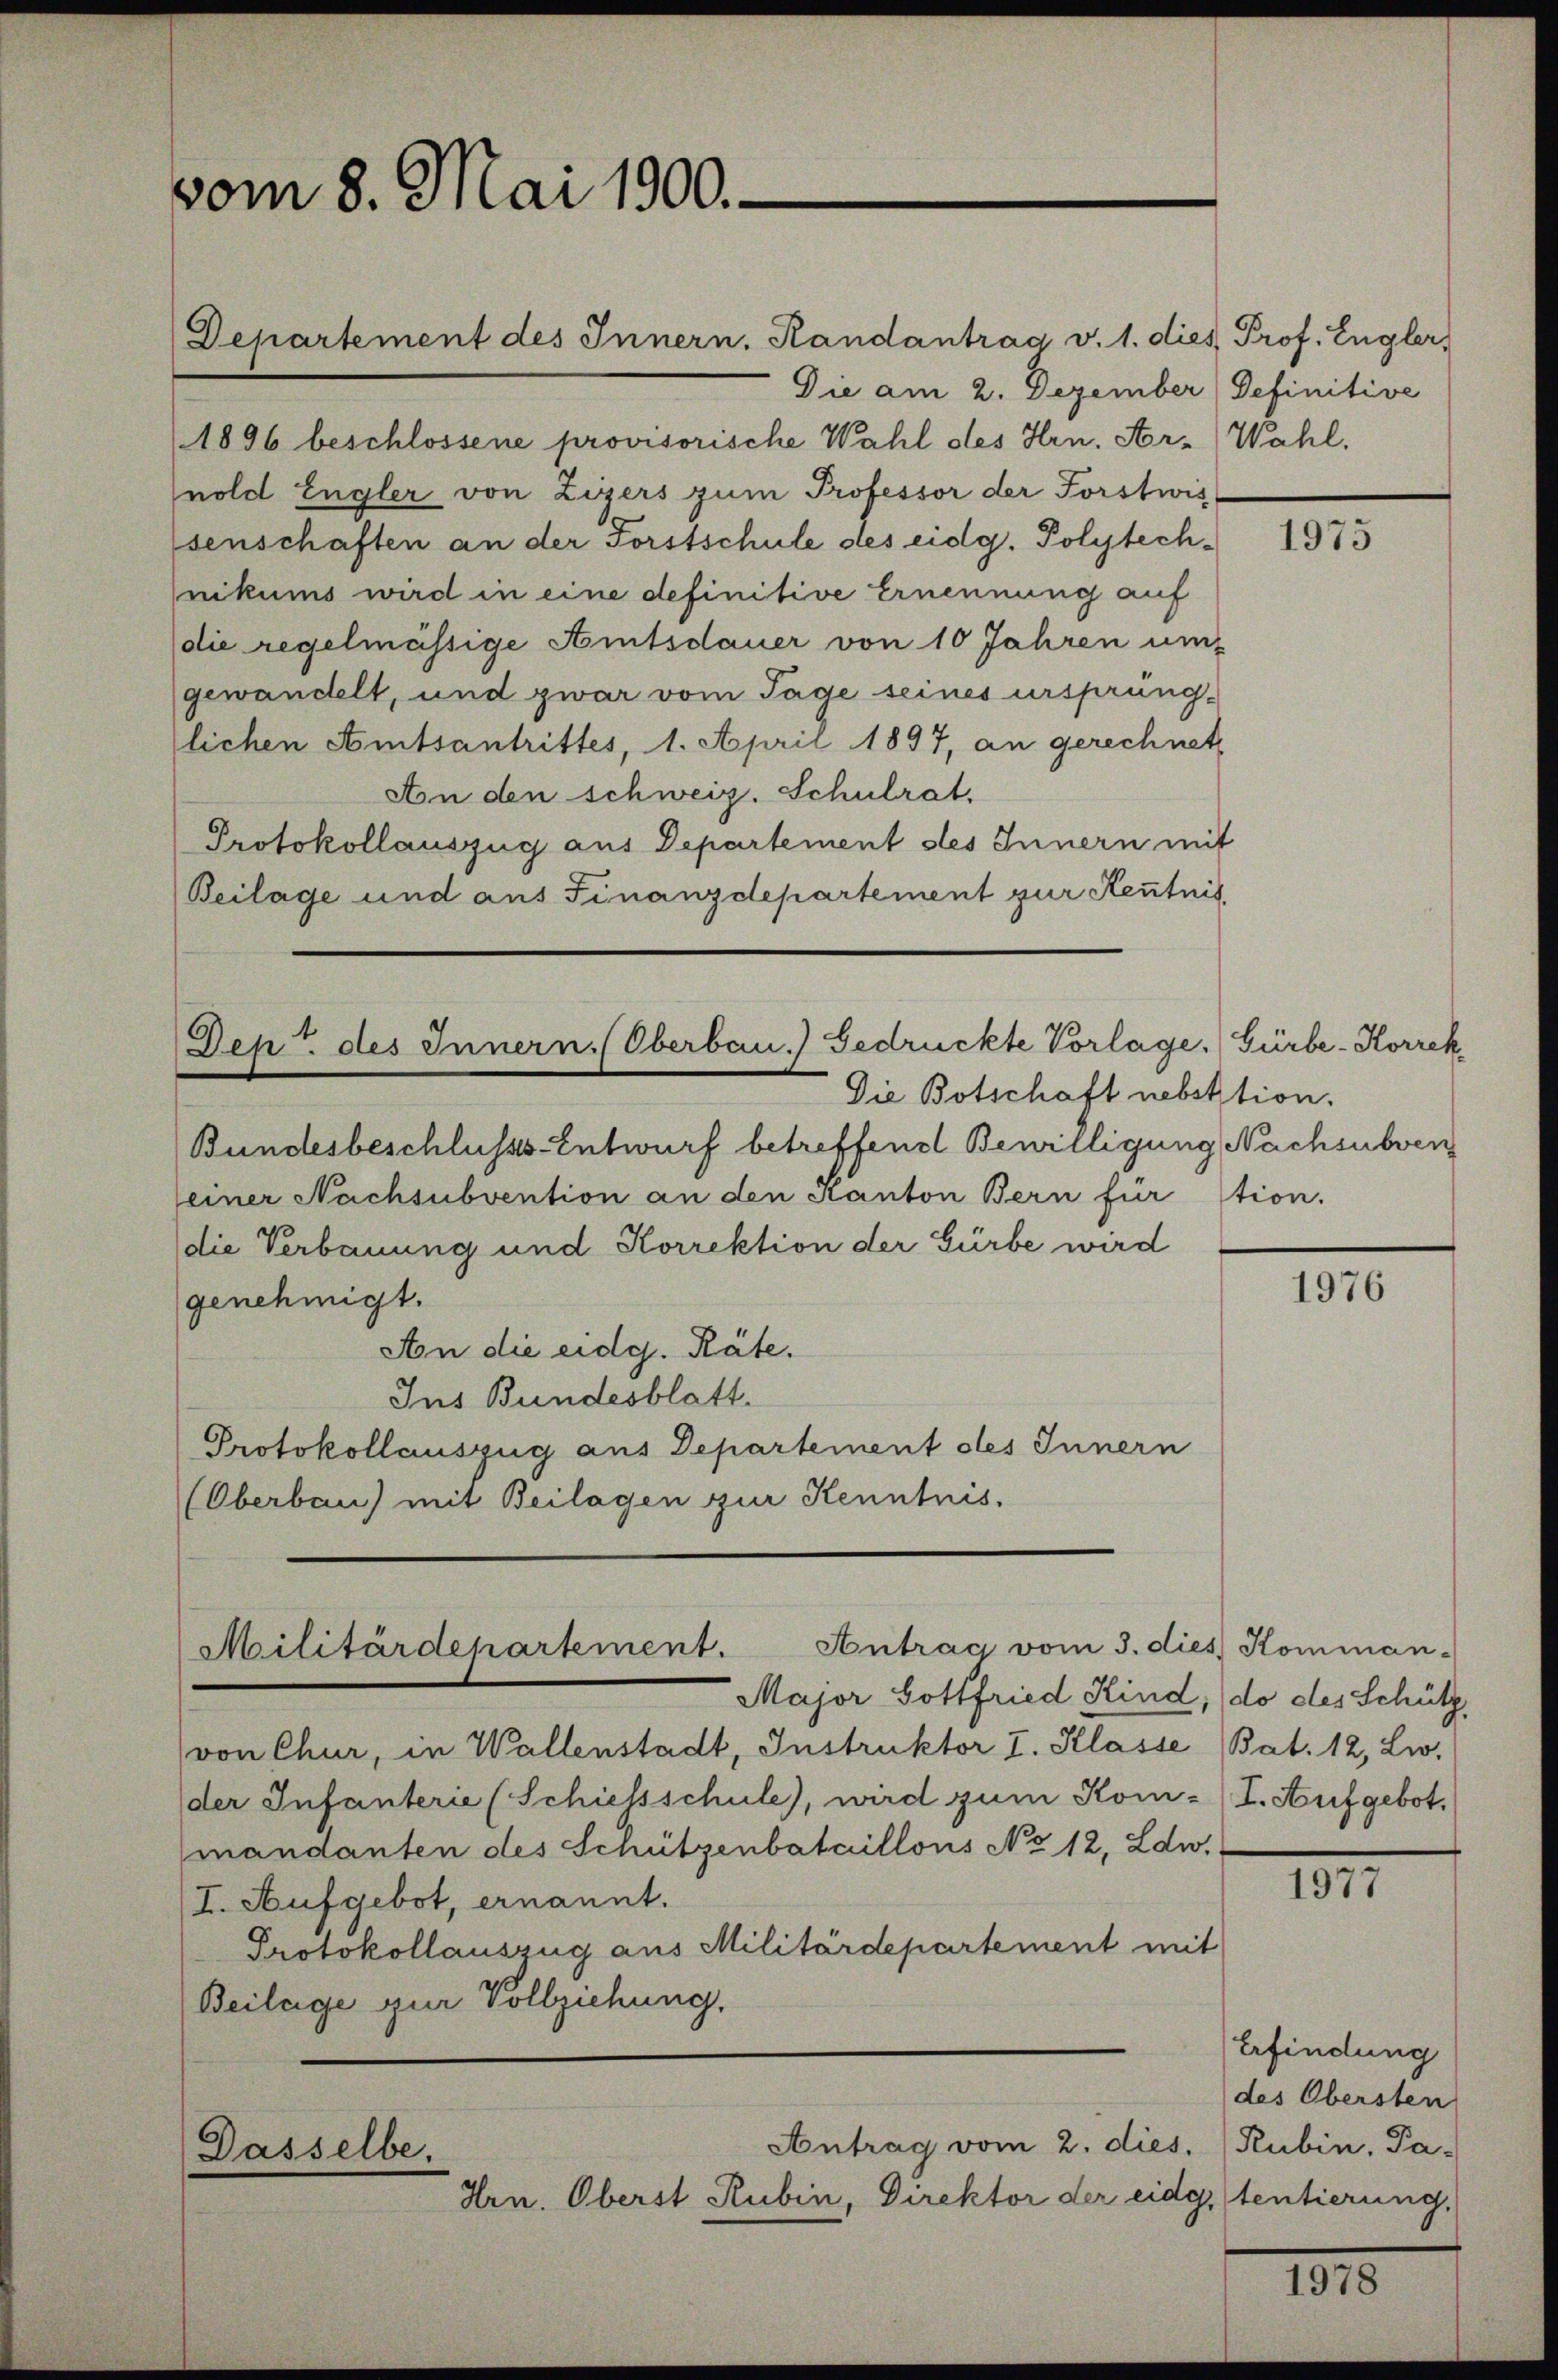
vom 8. Mai 1900.

Departement des Innern, Randantrag v. 1. dies Prof. Engler,
Die am 2. Dezember Definitive
(1896 beschlossene provisorische Wahl des Hrn. Ar-Wahl,
nold Engler von Zizers zum Professor der Forstwis
senschaften an der Forstschule des eidg. Polytechnikums wird in eine definitive Ernennung auf
die regelmässige Amtsdauer von 10 Jahren um-
gewandelt, und zwar vom Tage seines ursprüng-
lichen Amtsantrittes, 1. Aprii 1897, an gerechnet
Aon den schweiz. Schulrat.
Protokollauszug aus Departement des Innern mit
Beilage und aus Finanzdepartement zur Kenntnis

Dept des Innern. (Oberbau.) Gedrückte Vorlage. (Gürbe-Korrek

Antrag vom 3. dies Komman-
Militärdepartement.

Die Botschaft nebektion.
Bundesbeschlussts-Entwurf betreffend Bewilligung Nachsubven
einer Nachsubvention an den Kanton Bern für
die Verbauung und Korrektion der Gürbe wird
genehmigt.
An die eidg. Räte.
Ins Bundesblatt.
Protokollauszug aus Departement des Innern
(Oberbau) mit Beilagen zur Kenntnis,

Antrag vom 2. dies. (Rubin, Pa-
Dasselbe
Hrn. Oberst Rubin, Direktor der eidg. tentierung,

tion.

Major Gottfried Kind, do des Schütz,
von Chur, in Wallenstadt, Instruktor I. Klasse Bat. 12, Liv-
der Infanterie (Schiessschule), wird zum Kom- (I. Aufgebot.
mandanten des Schützenbataillons No 12. Zdw.
I. Aufgebot, ernannt.
Protokollauszug aus Militärdepartement mit
Beilage zur Vollziehung.

1975

1976

III.

Erfindung
des Obersten

1810